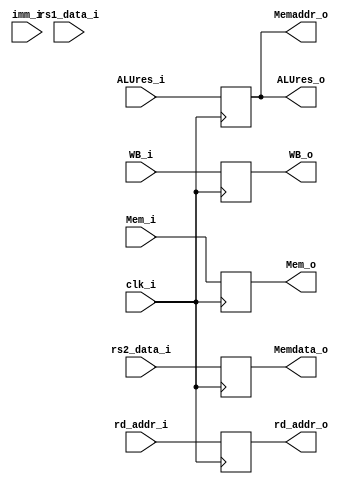
module EXMEM(clk_i,WB_i,Mem_i,ALUres_i,imm_i,rs1_data_i,rs2_data_i,rd_addr_i,Memaddr_o,Memdata_o,WB_o,Mem_o,rd_addr_o,ALUres_o);
    input [31:0] ALUres_i,imm_i,rs1_data_i,rs2_data_i;
    input [4:0] rd_addr_i;
    input [1:0] Mem_i;
    input WB_i,clk_i;
    output reg [31:0] Memaddr_o,Memdata_o,ALUres_o;
    output reg [4:0] rd_addr_o;
    output reg [1:0] Mem_o;
    output reg WB_o;

    initial begin
        {Memaddr_o,Memdata_o,ALUres_o,rd_addr_o,Mem_o,WB_o} <= 0;
    end

    always @ ( posedge clk_i ) begin
        WB_o <= WB_i;
        Mem_o <= Mem_i;
        rd_addr_o <= rd_addr_i;
        Memdata_o <= rs2_data_i;
        ALUres_o <= ALUres_i;
        Memaddr_o <= ALUres_i;
    end

endmodule